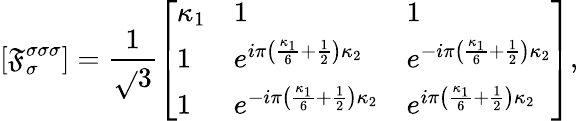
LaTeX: \left[\mathfrak{F}_{\sigma}^{\sigma\sigma\sigma}\right]=\frac{{1}}{{\sqrt{}{{3}}}}\left[\begin{array}{lll}{\kappa_{1}}&{1}&{1}\\ {1}&{e^{i\pi\left(\frac{\kappa_{1}}{6}+\frac{1}{2}\right)\kappa_{2}}}&{e^{-i\pi\left(\frac{\kappa_{1}}{6}+\frac{1}{2}\right)\kappa_{2}}}\\ {1}&{e^{-i\pi\left(\frac{\kappa_{1}}{6}+\frac{1}{2}\right)\kappa_{2}}}&{e^{i\pi\left(\frac{\kappa_{1}}{6}+\frac{1}{2}\right)\kappa_{2}}}\end{array}\right],